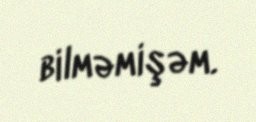
bilməmişəm.